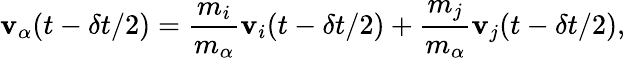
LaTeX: \textbf{v}_{\alpha}(t-\delta t/2)=\frac{m_{i}}{m_{\alpha}}\textbf{v}_{i}(t-\delta t/2)+\frac{m_{j}}{m_{\alpha}}\textbf{v}_{j}(t-\delta t/2),